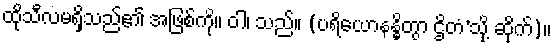
ထိုသီလမရှိသည်၏ အဖြစ်ကို။ ဝါ၊ သည်။ (ပရိယောနန္ဓိတွာ ဌိတံ’သို့ ဆိုက်)။